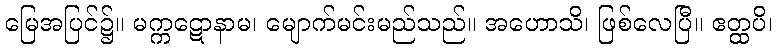
မြေအပြင်၌။ မက္ကဋောနာမ၊ မျောက်မင်းမည်သည်။ အဟောသိ၊ ဖြစ်လေပြီ။ ဧတ္ထပိ၊